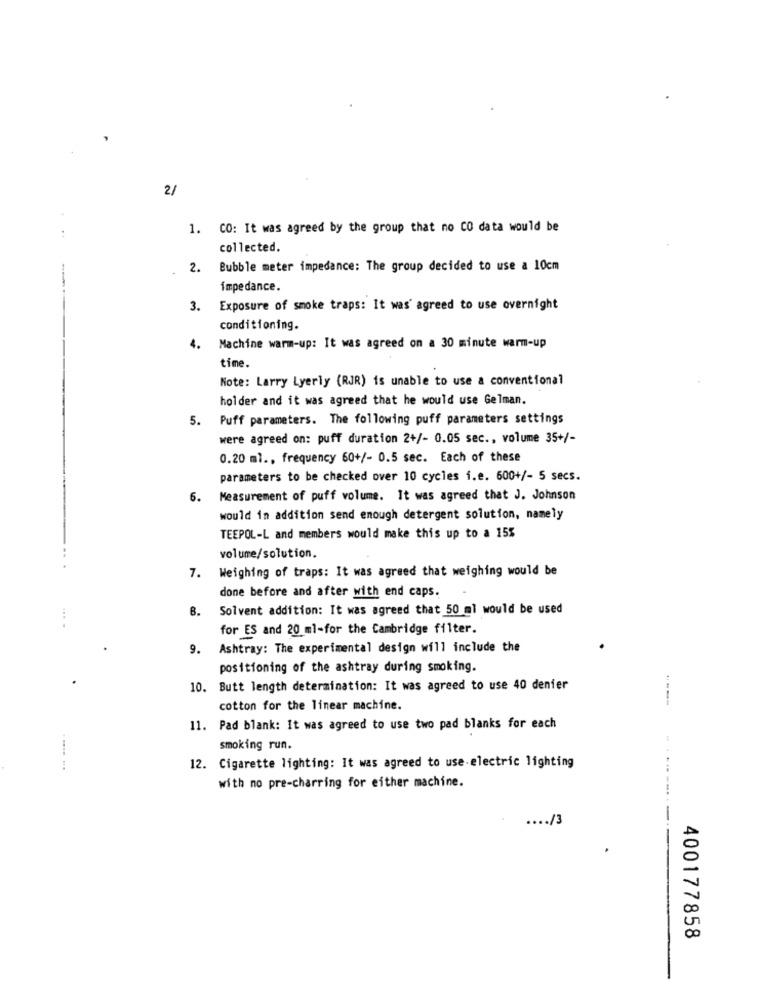
2/
1. CO: It was agreed by the group that no CO data would be
collected.
2. Bubble meter impedance: The group decided to use a 10cm
impedance.
3. Exposure of smoke traps: It was' agreed to use overnight
conditioning.
4.
Machine warm-up: It was agreed on a 30 minute warm-up
time.
Note: Larry Lyerly (RJR) is unable to use a conventional
holder and it was agreed that he would use Gelman.
5. Puff parameters. The following puff parameters settings
were agreed on: puff duration 2+/- 0.05 sec ., volume 35+/-
0.20 ml ., frequency 60+/- 0.5 sec. Each of these
parameters to be checked over 10 cycles i.e. 600+/- 5 secs.
6.
Measurement of puff volume. It was agreed that J. Johnson
would in addition send enough detergent solution, namely
TEEPOL-L and members would make this up to a 15%
volume/solution.
7. Weighing of traps: It was agreed that weighing would be
done before and after with end caps.
8. Solvent addition: It was agreed that 50 ml would be used
...
for ES and 20 ml-for the Cambridge filter.
9. Ashtray: The experimental design will include the
positioning of the ashtray during smoking.
10. Butt length determination: It was agreed to use 40 denier
-----
cotton for the linear machine.
11. Pad blank: It was agreed to use two pad blanks for each
smoking run.
12. Cigarette lighting: It was agreed to use-electric lighting
with no pre-charring for either machine.
400177858